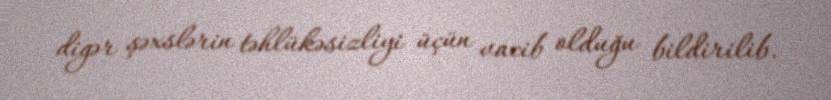
digər şəxslərin təhlükəsizliyi üçün vacib olduğu bildirilib.